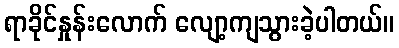
ရာခိုင်နှုန်းလောက် လျော့ကျသွားခဲ့ပါတယ်။